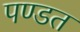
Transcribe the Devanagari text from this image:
पण्डत